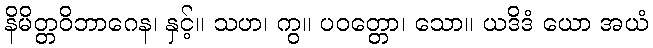
နိမိတ္တဝိဘာဂေန၊ နှင့်။ သဟ၊ ကွ။ ပဝတ္တော၊ သော။ ယဒိဒံ ယော အယံ